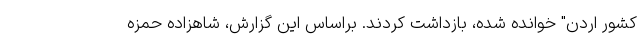
کشور اردن" خوانده شده، بازداشت کردند. براساس این گزارش، شاهزاده حمزه